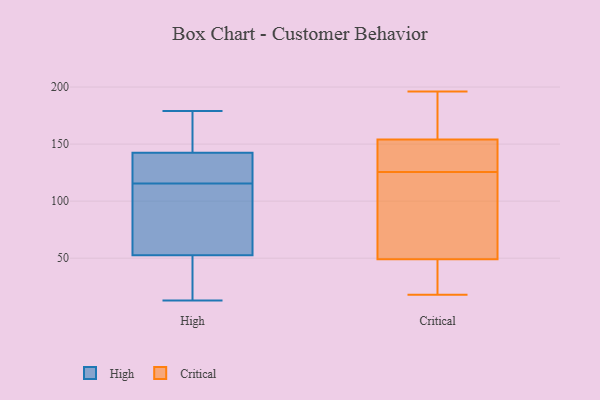
{"axis": {"x": "Latency (ms)", "y": "Value"}, "legend": ["Critical", "High"], "data": [{"x": "", "y": 71, "type": "High"}, {"x": "", "y": 118, "type": "High"}, {"x": "", "y": 51, "type": "High"}, {"x": "", "y": 39, "type": "High"}, {"x": "", "y": 118, "type": "High"}, {"x": "", "y": 175, "type": "High"}, {"x": "", "y": 113, "type": "High"}, {"x": "", "y": 177, "type": "High"}, {"x": "", "y": 179, "type": "High"}, {"x": "", "y": 101, "type": "High"}, {"x": "", "y": 126, "type": "High"}, {"x": "", "y": 154, "type": "High"}, {"x": "", "y": 13, "type": "High"}, {"x": "", "y": 19, "type": "High"}, {"x": "", "y": 131, "type": "High"}, {"x": "", "y": 54, "type": "High"}, {"x": "", "y": 134, "type": "Critical"}, {"x": "", "y": 49, "type": "Critical"}, {"x": "", "y": 117, "type": "Critical"}, {"x": "", "y": 32, "type": "Critical"}, {"x": "", "y": 130, "type": "Critical"}, {"x": "", "y": 47, "type": "Critical"}, {"x": "", "y": 154, "type": "Critical"}, {"x": "", "y": 164, "type": "Critical"}, {"x": "", "y": 196, "type": "Critical"}, {"x": "", "y": 183, "type": "Critical"}, {"x": "", "y": 180, "type": "Critical"}, {"x": "", "y": 23, "type": "Critical"}, {"x": "", "y": 18, "type": "Critical"}, {"x": "", "y": 71, "type": "Critical"}, {"x": "", "y": 151, "type": "Critical"}, {"x": "", "y": 121, "type": "Critical"}, {"x": "", "y": 145, "type": "Critical"}, {"x": "", "y": 93, "type": "Critical"}]}